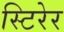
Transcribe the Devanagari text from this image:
स्टिरेर